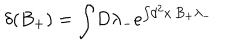
\delta ( B _ { + } ) = \int \! D \lambda _ { - } e ^ { \int \! d ^ { 2 } x \, B _ { + } \lambda _ { - } }